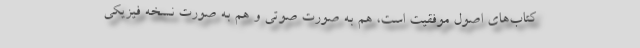
کتاب‌های اصول موفقیت است، هم به صورت صوتی و هم به صورت نسخه فیزیکی